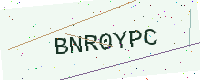
Text: BNR0YPC